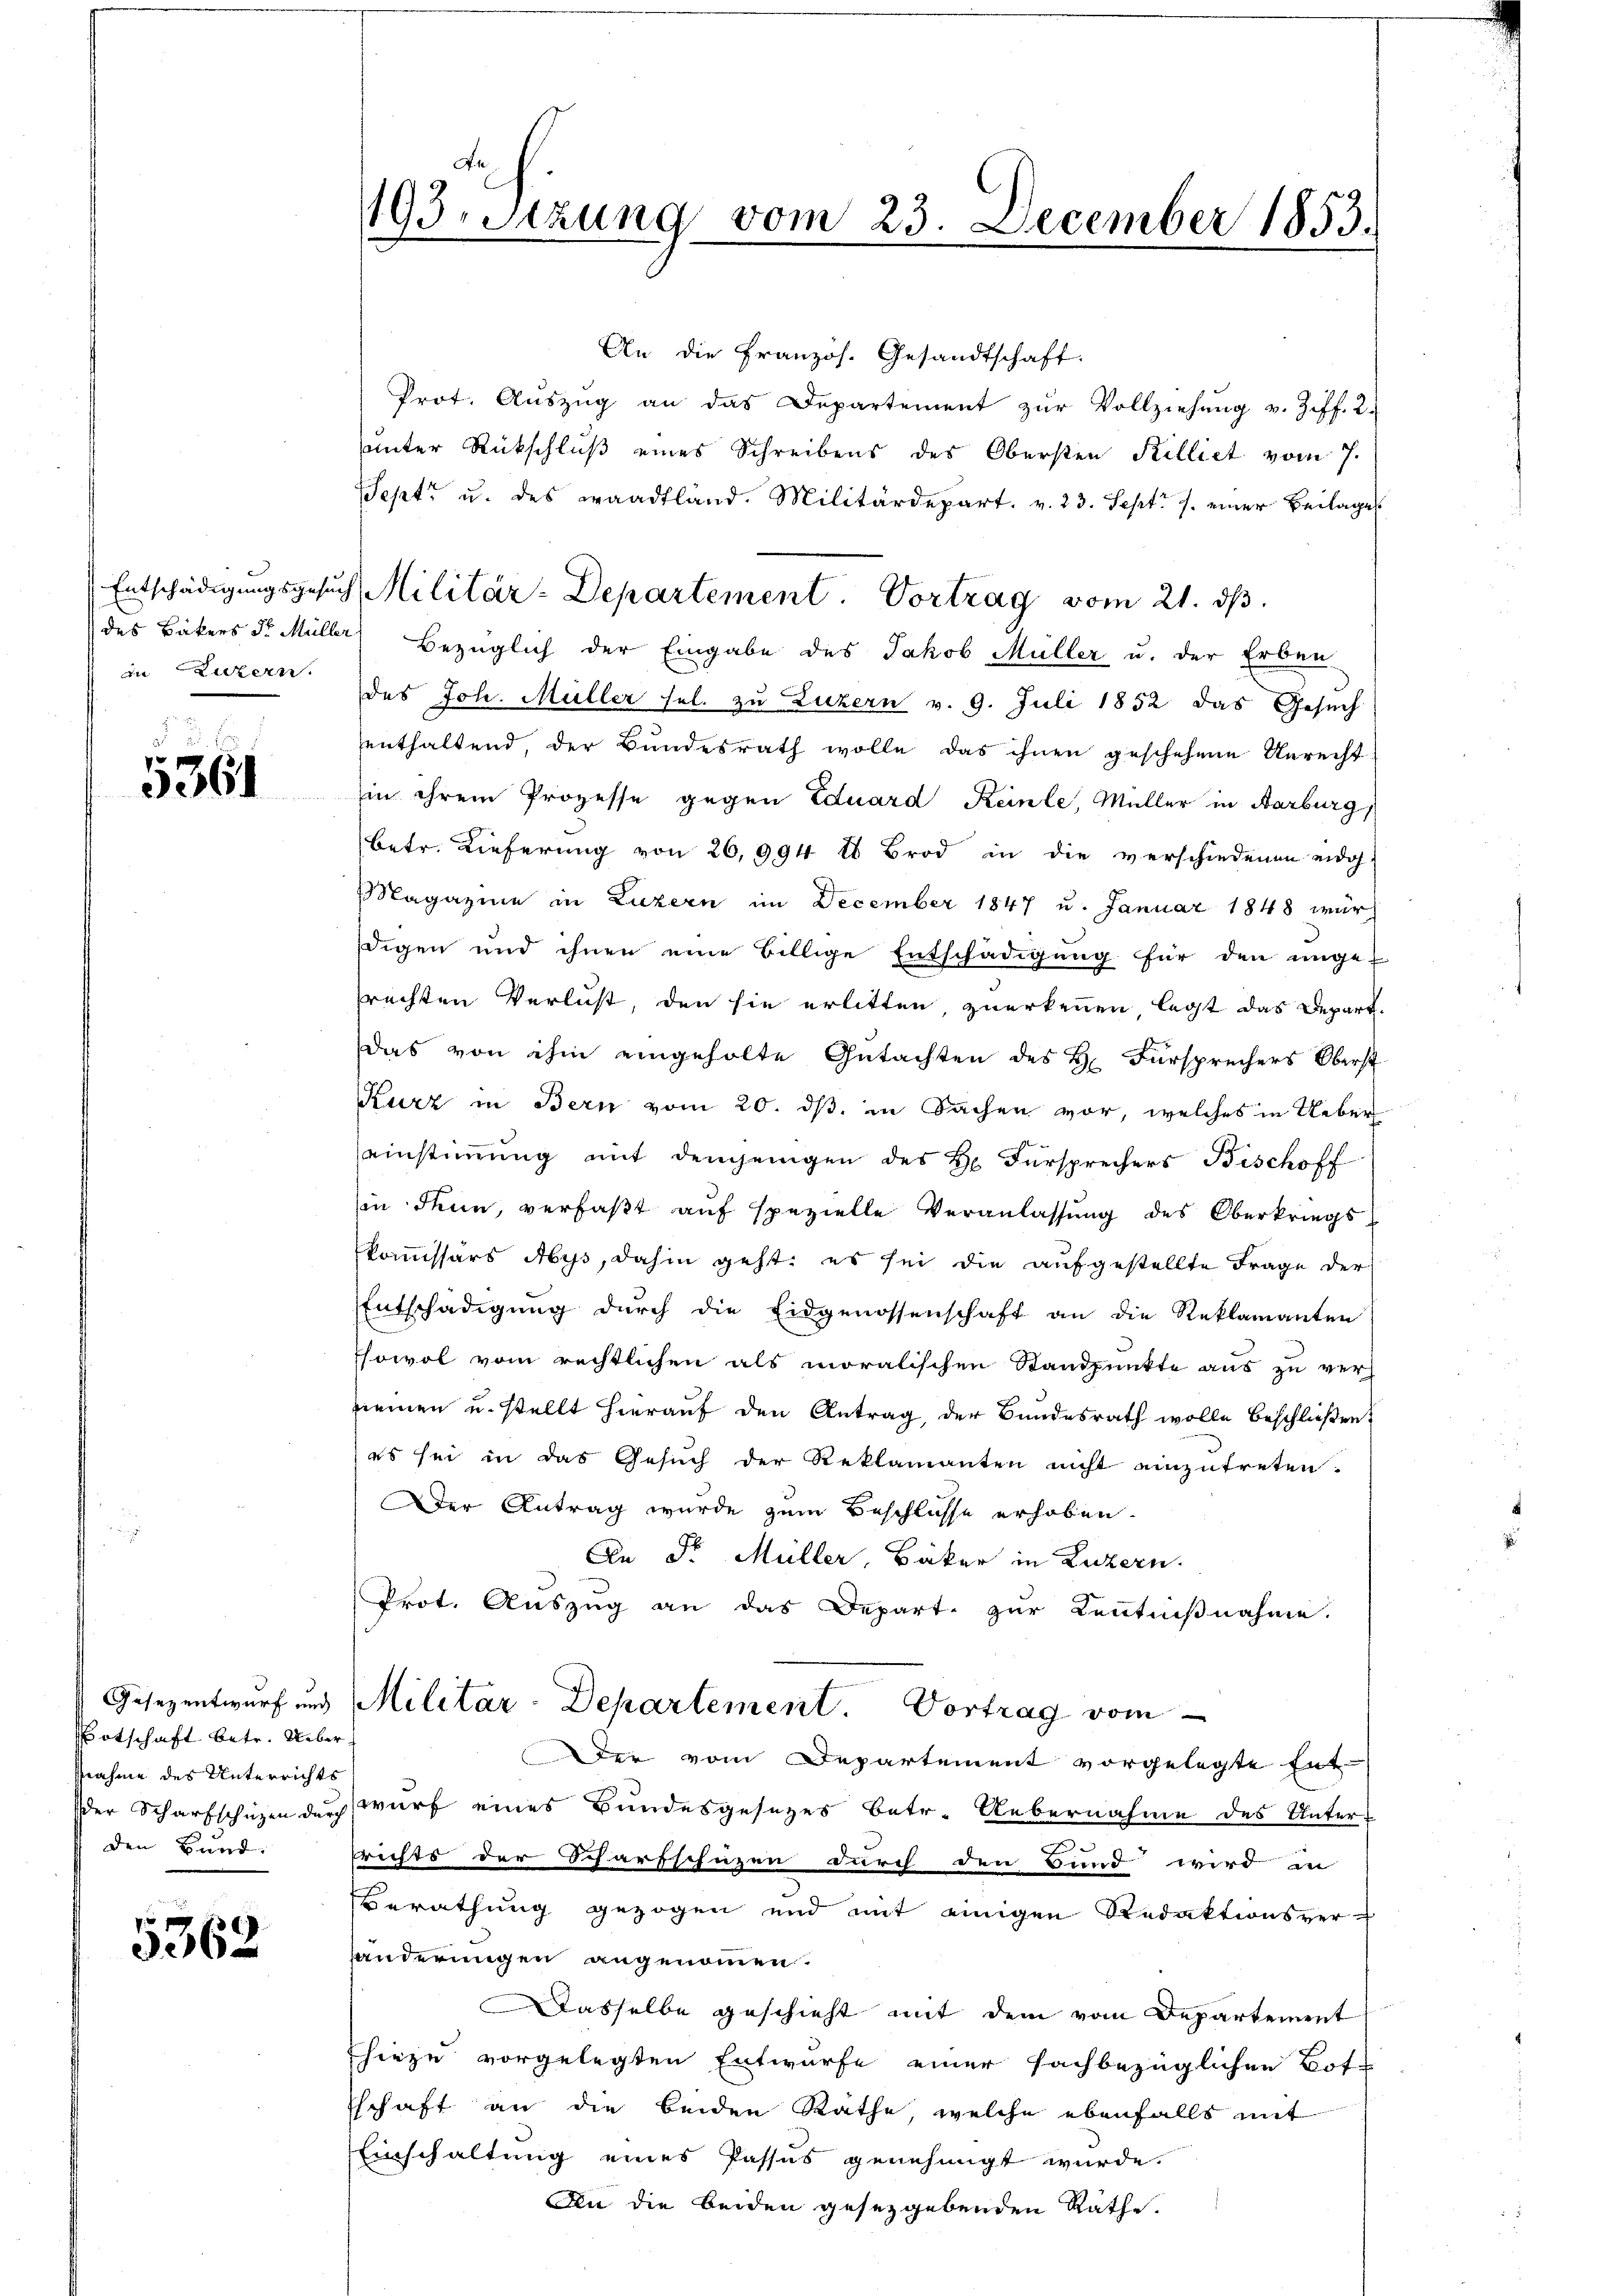
in Luzern.

§. 3.

3361

Botschaft betr. Ueber
nnahme des Unterrichts
den Bund

5362.

193. Sitzung vom 23. December 1853.

An die Französ. Gesandtschaft.
Prot. Aŭszŭg an das Departement zŭr Vollziehŭng v. Ziff. 2.
sunter Rückschluß eines Schreibens des Obersten Killiet vom 7.
Sept. u. des waadtland. Militärdepart. v. 23. Sept. 1. einer Beilages
der Bäkers d. Müller Bezüglich der Eingabe des Jakob Müller u. der Erben
des Joh. Müller sel. zu Luzern v. 9. Juli 1852 das Gesuch
enthaltend, der Bundesrath wolle das ihnen geschehene Unrecht
hin ihrem Prozesse gegen Eduard Keinle, Müller in Aarburg,
betr. Lieferung von 26,994 lb Brod in die verschiedenen eidg
Magazine in Luzern im December 1847 u. Januar 1848 wurdigen und ihnen eine Billige Entschädigung für den unge-
srechten Verlust, den sie erlitten, zuerkennen, legt das Depart.
das von ihm eingeholte Gutachten des H. Fürsprechers Oberst
Kurz in Bern vom 20. ds. in Sachen vor, welches in Ueber
einstimmung mit demjenigen des Hr. Fürsprechers Bischoff
in denn, verfaβt aŭf spezielle Veranlassŭng des Oberkriegskommissärs Ays, dahin geht, es sei die aufgestellte Frage der
Entschädigung durch die Eidgenossenschaft an die Reklamanten
sowol vom rechtlichen als moralischen Standpunkte aus zu ver-
seinen u. stellt hierauf den Antrag der Bundesrath wolle beschließen,
es sei in das Gesuch der Reklamanten nicht einzutreten.
Der Antrag wurde zum Beschlusse erhoben.
An Dr. Müller, Bäker in Luzern.
Prot. Auszug an das Depart. zur Kenntnißnahme.
Gesezentwurf und Militar-Departement. Vortrag vom
Der vom Departement vorgelegte Ent-
der Scharfschüzen durch wurf eines Bundesgesetzes betr. Uebernahme des Unter-
richts der Scharfschüzen durch den Bund wird in
Berathung gezogen und mit einigen Redaktionsverhänderungen angenommen.
Dasselbe geschieht mit dem vom Departement
hiezu vorgelegten Entwurfe einer sachbezüglichen Bote
schaft an die beiden Rathe, welche ebenfalls mit
Einschaltung eines Passus genehmigt wurde.
An die beiden gesetzgebenden Räthe.

Entschädigungsgesuch Militär-Departement. Vortrag vom 21. ds.